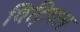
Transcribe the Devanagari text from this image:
विट्रियल